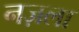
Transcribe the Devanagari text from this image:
नज़ला